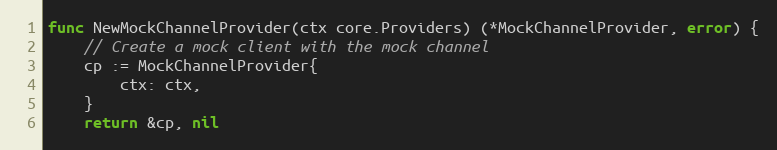
Language: Go
func NewMockChannelProvider(ctx core.Providers) (*MockChannelProvider, error) {
	// Create a mock client with the mock channel
	cp := MockChannelProvider{
		ctx: ctx,
	}
	return &cp, nil